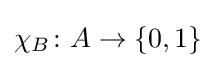
\chi _{B}\colon A\to \{0,1\}